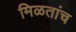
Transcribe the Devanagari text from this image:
मिळतांच